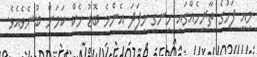
މިއީ ފަހުގެ ތާރީހެއްގައި ހިނގި މިފަދަ އެންމެ ބޮޑު ހެކް ކަމަށް ބުނެވެއެވެ.